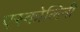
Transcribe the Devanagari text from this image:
एस्कोलिनी